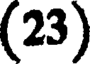
(23)